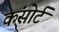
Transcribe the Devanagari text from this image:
कंसोर्ट